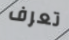
تعرف